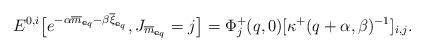
LaTeX: \begin{align*}{E}^{0,i}\big[e^{- \alpha\overline{m}_{\mathbf{e}_q}- \beta \overline\xi_{\mathbf{e}_q}}, J_{\overline{m}_{\mathbf{e}_q}} = j\big]= \Phi^+_j(q,0)[\kappa^+(q+\alpha,\beta)^{-1}]_{i,j}.\end{align*}